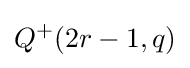
Q^{+}(2r-1,q)